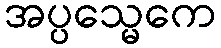
အပ္ပသ္မေကေ